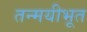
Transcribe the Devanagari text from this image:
तन्मयीभूत